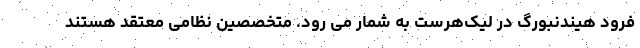
فرود هیندنبورگ در لیک‌هرست به شمار می رود. متخصصین نظامی معتقد هستند